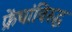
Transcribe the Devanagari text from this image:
फ्रेंचांविरुद्ध